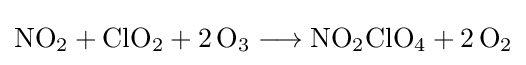
{\mathrm {NO} {\vphantom {A}}_{\smash[{t}]{2}}{}+{}\mathrm {ClO} {\vphantom {A}}_{\smash[{t}]{2}}{}+{}2\,\mathrm {O} {\vphantom {A}}_{\smash[{t}]{3}}{}\mathrel {\longrightarrow } {}\mathrm {NO} {\vphantom {A}}_{\smash[{t}]{2}}\mathrm {ClO} {\vphantom {A}}_{\smash[{t}]{4}}{}+{}2\,\mathrm {O} {\vphantom {A}}_{\smash[{t}]{2}}}